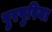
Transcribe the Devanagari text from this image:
पुरपुरिया